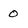
Character: 0